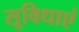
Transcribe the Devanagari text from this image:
सूविधाएं